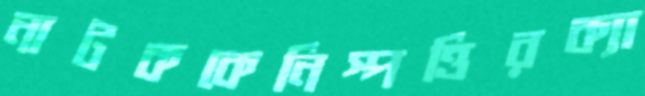
নাটককেনিস্পত্তিরক্যা